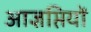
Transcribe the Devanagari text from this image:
आज्ञप्तियों